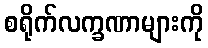
စရိုက်လက္ခဏာများကို